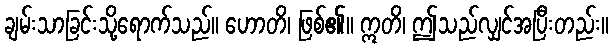
ချမ်းသာခြင်းသို့ရောက်သည်။ ဟောတိ၊ ဖြစ်၏။ ဣတိ၊ ဤသည်လျှင်အပြီးတည်း။